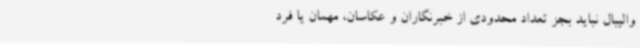
والیبال نباید بجز تعداد محدودی از خبرنگاران و عکاسان، مهمان یا فرد